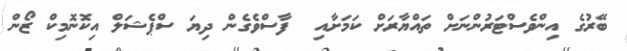
ބޭރުގެ އިންވެސްޓަރުންނަށް ތައްޔާރަށް ކަމަށާއި  ފާސްވެގެން ދިޔަ ސްޕެޝަލް އިކޮނޮމިކް ޒޯން